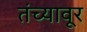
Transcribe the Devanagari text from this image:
तंच्यावूर